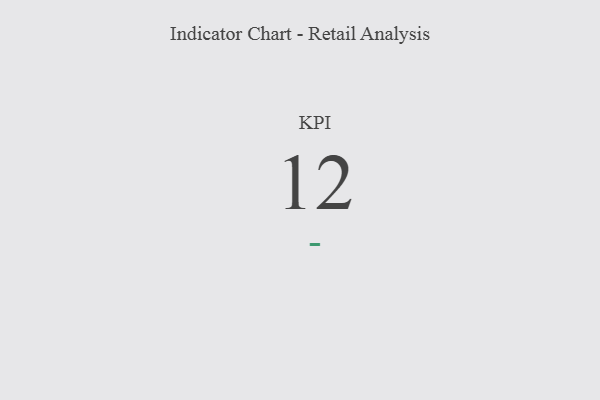
{"axis": {"x": "KPI", "y": "Value"}, "legend": [""], "data": [{"x": "KPI", "y": 12, "type": ""}]}